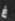
غ